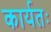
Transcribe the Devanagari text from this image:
कार्यतः